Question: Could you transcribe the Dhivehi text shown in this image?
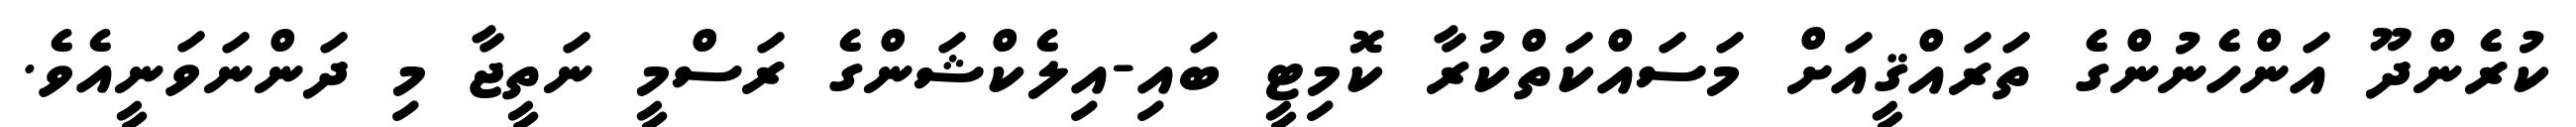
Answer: ކުރެންދޫ އަންހެނުންގެ ތަރައްޤީއަށް މަސައްކަތްކުރާ ކޮމިޓީ ބައި-އިލެކްޝަންގެ ރަސްމީ ނަތީޖާ މި ދަންނަވަނީއެވެ.